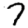
Digit: 7